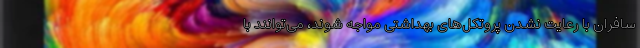
سافران با رعایت نشدن پروتکل‌های بهداشتی مواجه شوند، می‌توانند با